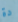
دة